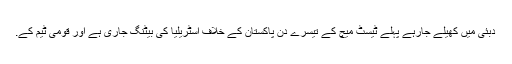
دبئی میں کھیلے جارہے پہلے ٹیسٹ میچ کے تیسرے دن پاکستان کے خلاف آسٹریلیا کی بیٹنگ جاری ہے اور قومی ٹیم کے.